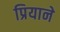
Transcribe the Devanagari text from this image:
प्रियाने